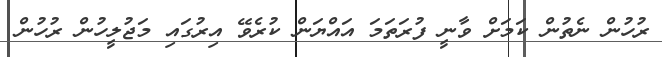
ރުހުން ނެތުން ކަމަށް ވާނީ ފުރަތަމަ އައްޔަން ކުރެވޭ އިރުގައި މަޖުލީހުން ރުހުން